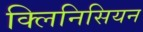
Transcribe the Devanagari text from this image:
क्लिनिसियन